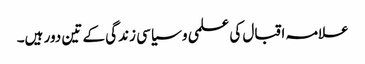
علامہ اقبال کی علمی و سیاسی زندگی کے تین دور ہیں۔